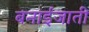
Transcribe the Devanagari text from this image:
बनाईजाती